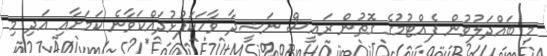
މި ބައްދަލުވުން ފެއްޓުމުގެ ގޮތުން ރައީސް ނަޝީދާ ވާހަކަފުޅުދައްކަވާނެ ކަމަށާއި އަދި މި